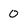
Character: 0